Annual administration and progress report of the Indian Medical Department, Bombay
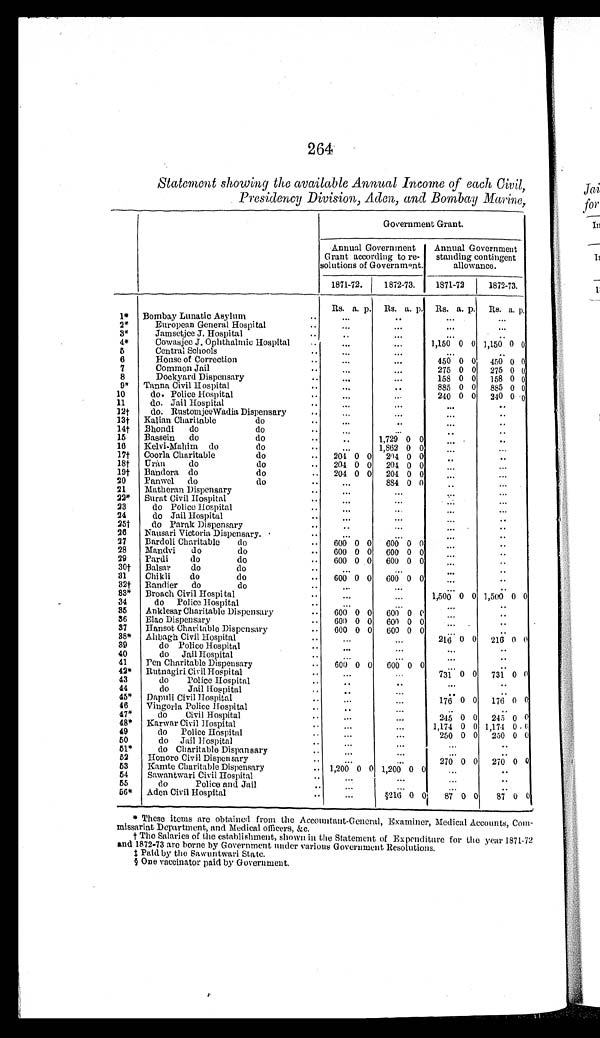
264
Statement showing the available Annual Income of each Civil,
Presidency Division, Aden, and Bombay Marine,
Government Grant.
Annual Government
Grant according to re-
solutions of Government.
Annual Government
standing contingent
allowance.
1871-72. 1872-73.
1871-72
1872-73.
Rs. a. p. Rs. a. p. Rs. a. p. Rs. a. p.
1* Bombay Lunatic Asylum
..
...
..
...
...
2*
European General Hospital
. .
...
...
...
3*
Jamsetjee J. Hospital
..
..
...
..
4*
Cowasjee J. Ophthalmic Hospital
...
...
1,150 0 0 1,150 0 0
5
Central Schools
..
...
...
...
..
6
House of Correction
..
...
450 0 0 450 0 0
7
Common Jail
..
..
275 0 0 275 0 0
8
Dockyard Dispensary
..
...
...
158 0 0 158 0 0
9* Tanna Civil Hospital
..
..
885 0 0 885 0 0
10
do. Police Hospital
. .
...
...
240 0 0 240 0 0
11
do. Jail Hospital
. .
...
...
..
12† do. Rustomjee Wadia Dispensary .
...
...
..
13† Kalian Charitable
do
.
...
..
...
..
14† Bhondi do
do
. .
...
...
..
..
15 Bassein do
do
..
..
1,729 0 0
...
..
16 Kelvi-Mahim do
do
.
1,862 0 0
...
...
17† Coorla Charitable
do
.. 204 0 0 204 0 0
..
18† Uran do do ..
204 0 0 204 0 0
...
19† Bandora do
do
.. 204 0 0 204 0 0
..
...
20 Panwel do
do
. .
...
884 0 0 ..
...
21 Matheran Dispensary
..
...
22* Surat Civil Hospital
..
23
do Police Hospital
..
...
...
...
24
do Jail Hospital
..
...
...
..
25† do Parak Dispensary. .
..
..
26 Nausari Victoria Dispensary . .
..
...
..
27 Bardoli Charitable do
. . 600 0 0 600 0 0
..
.
28 Mandvi do
do
. . 600 0 0 600 0 0
...
..
29 Pardi
do
do
. . 600 0 0 600 0 0
...
..
30† Balsar do do .
...
...
...
..
.
31 Chikli do
do
. . 600 0 0 600 0 0
...
..
32† Randier do
do
. .
...
...
...
.
33* Broach Civil Hospital
. .
...
...
1,500 0 0 1,500 0 0
34
do Police Hospital
. .
...
...
35 Anklesar Charitable Dispensary
. . 600 0 0 600 0 0 ...
..
36 Elao Dispensary
.. 600 0 0 600 0 0
.
37 Hansot Charitable Dispensary
600 0 0 600 0 0
...
..
38* Ahbagh Civil Hospital.
...
216 0 0 216 0 0
39
do Police Hospital
. .
...
...
...
40
do Jail Hospital
. .
...
...
..
41 Pen Charitable Dispensary
. 600 0 0 600 0 0
..
42* Rutnagiri Civil Hospital
...
...
731 0 0 731 0 0
43
do Police Hospital
..
..
...
..
44
do Jail Hospital
..
..
45* Dapuli Civil Hospital ..
...
...
176 0 0 176 0 0
46 Vingorla Police Hospital
. .
..
47*
do Civil Hospital
..
...
...
245 0 0 245 0 0
48* Karwar Civil Hospital
.
..
1,174 0 0 1,174 0 0
49
do Police Hospital
.
...
...
250 0 0 250 0 0
50
do Jail Hospital
51*
do Charitable Dispansary
..
...
. .
..
52 Honore Civil Dispensary
..
...
270 0 0 270 0 0
53 Kamte Charitable Dispensary
. . 1,200 0 0 1,200 0 0
..
54 Sawantwari Civil Hospital
...
55
do
Police and Jail
..
...
...
..
56* Aden Civil Hospital
..
...
§216 0 0 87 0 0 87
0 0
* These items are obtained from the Accountant-General, Examiner, Medical Accounts, Com
-missariat Department, and Medical officers, &c.
† The Salaries of the establishment, shown in the Statement of Expenditure for the year 1871-12
and 1872-73 are borne by Government under various Government Resolutions.
‡Paid by the Sawuntwari State.
§ One vaccinator paid by Government.